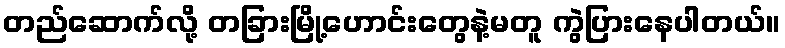
တည်ဆောက်လို့ တခြားမြို့ဟောင်းတွေနဲ့မတူ ကွဲပြားနေပါတယ်။